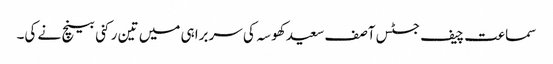
سماعت چیف جسٹس آصف سعید کھوسہ کی سربراہی میں تین رکنی بینچ نے کی۔